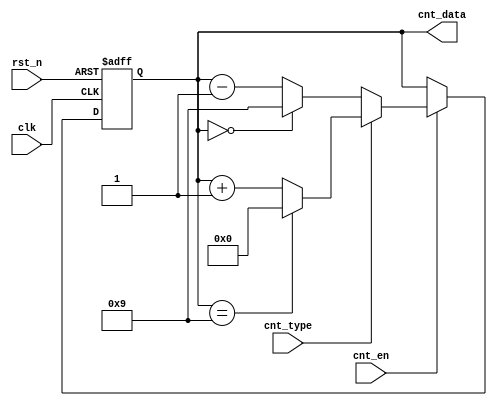
`timescale 1ns / 1ps
//////////////////////////////////////////////////////////////////////////////////
// Company: 
// Engineer: 
// 
// Design Name: 
// Module Name:    cnt 
// Project Name: 
// Target Devices: 
// Tool versions: 
// Description: 
//
// Dependencies: 
//
// Revision: 
// Revision 0.01 - File Created
// Additional Comments: 
//
//////////////////////////////////////////////////////////////////////////////////
module cnt(
input						clk,
input						rst_n,
input						cnt_en,
input						cnt_type,
output	reg	[3:0]	cnt_data
    );

always@(posedge clk or negedge rst_n)
begin
	if(~rst_n)
		cnt_data <= 4'h5;
	else if(cnt_en)
	begin
		if(cnt_type)	//
		begin
			if(cnt_data == 4'h9)	//90
				cnt_data <= 4'h0;
			else
				cnt_data <= cnt_data + 4'h1;
		end
		else		//
		begin
			if(cnt_data == 4'h0)	//09
				cnt_data <= 4'h9;
			else
				cnt_data <= cnt_data - 4'h1;
		end
	end
end

endmodule